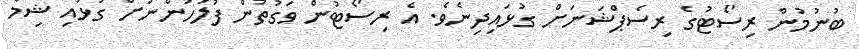
ބުނުމުން ރިސޯޓުގެ ރިސެޕްޝަނަށް ގުޅައިދިނެވެ. އެ ރިސޯޓުން ވަގުތުން ފުލުހުންނަށް ގުޅައި ޝިމާ